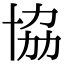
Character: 協